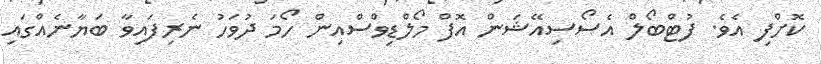
ކޮށްފި އެވެ. ފުޓްބޯލް އެސޯސިއޭޝަން އޮފް މޯލްޑިވްސްއިން ހޯމަ ދުވަހު ނެރިފައިވާ ބަޔާނެއްގައި